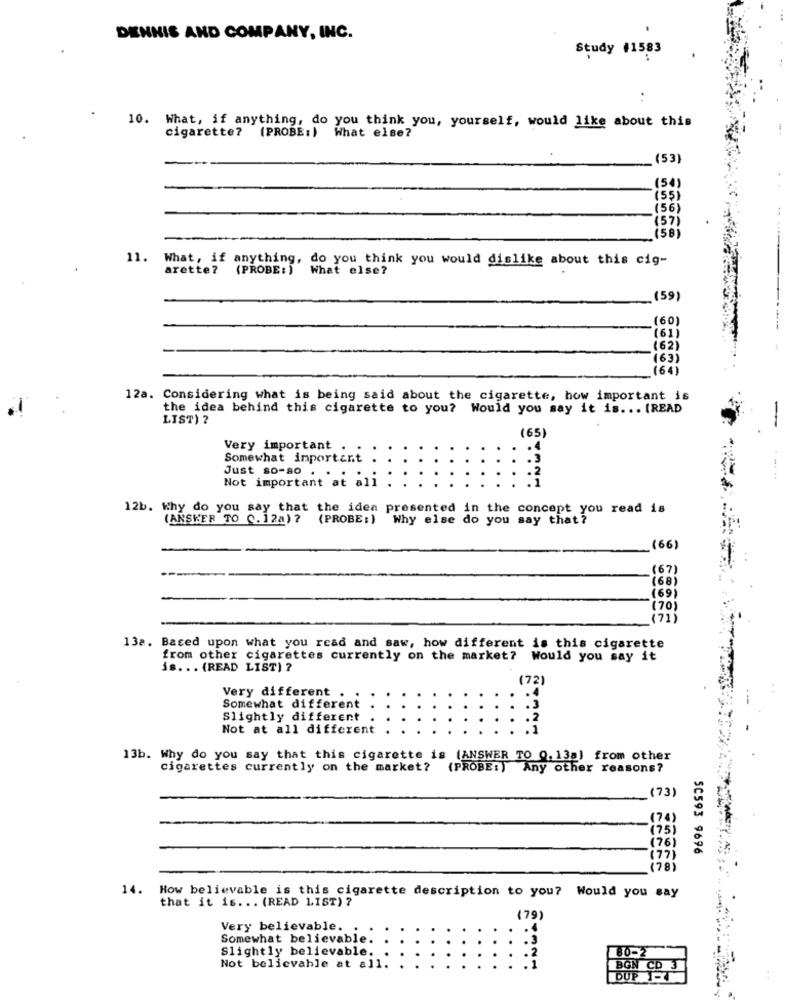
DENNIS AND COMPANY, INC.
Study #1583
10. What, if anything, do you think you, yourself, would like about this
cigarette? (PROBE:) What else?
(53)
(54)
(55)
(56)
(57)
(5B)
11.
What, if anything, do you think you would dislike about this cig-
arette? (PROBE: )
What else?
(59)
(60)
(61)
(62)
(63)
(64)
12a. Considering what is being said about the cigarette, how important is
the idea behind this cigarette to you? Would you say it is ... (READ
LIST) ?
(65)
Very important .
Somewhat important
Just so-so . .
Not important at ali
12b. Why do you say that the idea presented in the concept you read is
(ANSWER TO C.12a) ?
(PROBE : ) Why else do you say that?
(66)
(67)
(68)
(69)
(70)
(71)
13a. Based upon what you read and saw, how different is this cigarette
from other cigarettes currently on the market? Would you say it
is ... (READ LIST) ?
(72)
Very different .
Somewhat different
Slightly different
Not at all different
13b. Why do you say that this cigarette is (ANSWER TO 0.13a) from other
cigarettes currently on the market? (PROBE:) Any other reasons?
(73)
(74)
(75)
(76)
SC593 9696
(77)
(78)
14.
How believable is this cigarette description to you? Would you say
that it is ... (READ 1IST) ?
(79)
Very believable.
Somewhat believable.
Slightly believable.
80-2
Not believable at all.
DUP